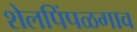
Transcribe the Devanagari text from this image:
शेलपिंपळगाव